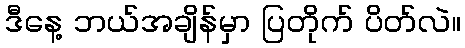
ဒီနေ့ ဘယ်အချိန်မှာ ပြတိုက် ပိတ်လဲ။